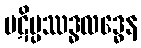
ပဋိပ္ပဿဒ္ဓလဒ္ဓေန